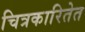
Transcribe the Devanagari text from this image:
चित्रकारितेत